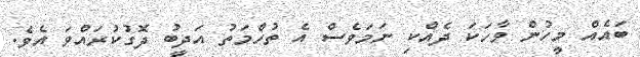
ބައެއް މީހުން ވާހަކަ ދެއްކި ނަމަވެސް އެ ތުހްމަތު އަދީބު ދޮގުކުރައްވަ އެވެ.